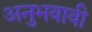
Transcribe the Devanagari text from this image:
अनुभवावी